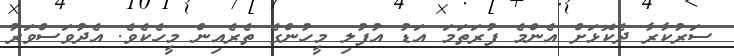
ސަރުކާރާ ދެކޮޅަށް އެންމެ ފުރަތަމަ އަޑު އުފުލި މީހުންގެ ތެރެއިން މީހެކެވެ. އެދުވަސްވަރު